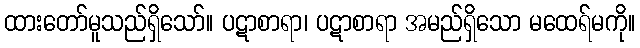
ထားတော်မူသည်ရှိသော်။ ပဋာစာရာ၊ ပဋာစာရာ အမည်ရှိသော မထေရ်မကို။